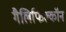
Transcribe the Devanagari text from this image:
गैलिफिल्कॉन